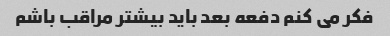
فکر می کنم دفعه بعد باید بیشتر مراقب باشم